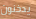
يدخنون